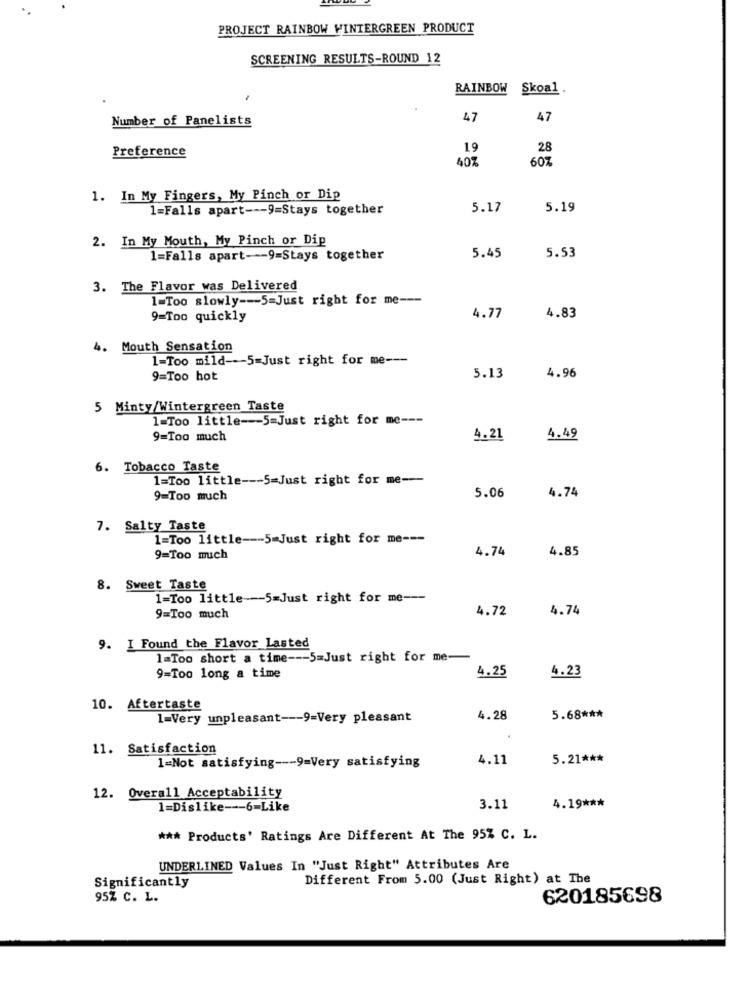
PROJECT RAINBOW WINTERGREEN PRODUCT
SCREENING RESULTS-ROUND 12
RAINBOW
Skoal
Number of Panelists
47
47
Preference
19
28
60%
607
1. In My Fingers, My Pinch or Dip
1=Falls apart --- 9=Stays together
5.17
5.19
2. In My Mouth, My Pinch or Dip
1=Falls apart -- 9=Stays together
5.45
5.53
3. The Flavor was Delivered
1=Too slowly --- 5=Just right for me ---
9=Too quickly
4.77
4.83
Mouth Sensation
1-Too mild --- 5-Just right for me ---
9=Too hot
5.13
4.96
5 Minty/Wintergreen Taste
1=Too little --- 5-Just right for me ---
9=Too much
4.21
4.49
6. Tobacco Taste
1=Too little --- 5=Just right for me-
9=Too much
5.06
4.74
7. Salty Taste
1=Too little --- 5-Just right for me ---
4.74
4.85
9=Too much
Sweet Taste
1-Too little -- 5=Just right for me ---
4.72
4.74
9=Too much
9. I Found the Flavor Lasted
1=Too short a time --- 5=Just right for me-
4.25
9=Too long a time
4.23
10. Aftertaste
1=Very unpleasant --- 9=Very pleasant
4.28
5.68 ***
11. Satisfaction
1=Not satisfying --- 9=Very satisfying
4.11
5.21 ***
12. Overall Acceptability
4.19 ***
1=Dislike --- 6-Like
3.11
*** Products' Ratings Are Different At The 95% C. L.
UNDERLINED Values In "Just Right" Attributes Are
Different From 5.00 (Just Right) at The
Significantly
95% C. L.
620185698